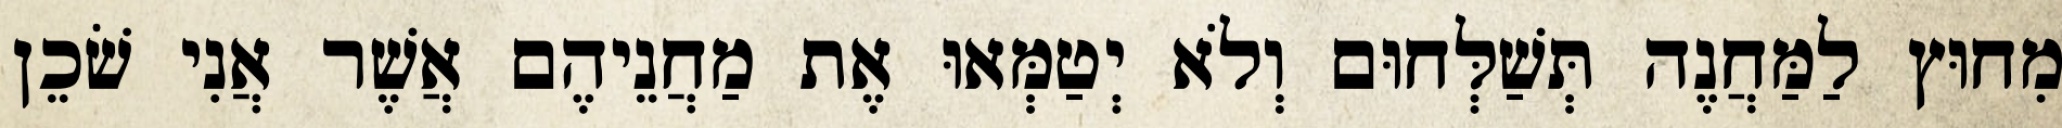
מִחוּץ לַמַּחֲנֶה תְּשַׁלְּחוּם וְלֹא יְטַמְּאוּ אֶת מַחֲנֵיהֶם אֲשֶׁר אֲנִי שֹׁכֵן